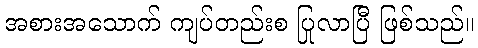
အစားအသောက် ကျပ်တည်းစ ပြုလာပြီ ဖြစ်သည်။